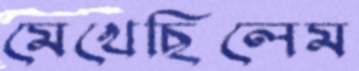
মেখেছিলেম